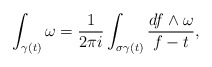
\begin{align*}\int_{\gamma(t)}\omega=\frac{1}{2\pi i}\int_{\sigma \gamma(t)}\frac{df\wedge \omega}{f-t},\end{align*}